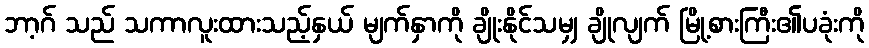
ဘာ့ဂ် သည် သကာလူးထားသည့်နှယ် မျက်နှာကို ချိုးနိုင်သမျှ ချိုလျက် မြို့စားကြီး၏ပခုံးကို